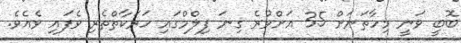
ބޮބީ ވަނީ މިހާތަނަށް 35 އަށްވުރެ ގިނަ ފިލްމްގައި ހަރަކާތްތެރި ވެފައި ވެއެވެ.